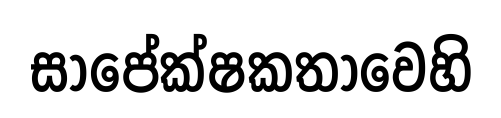
සාපේක්ෂකතාවෙහි